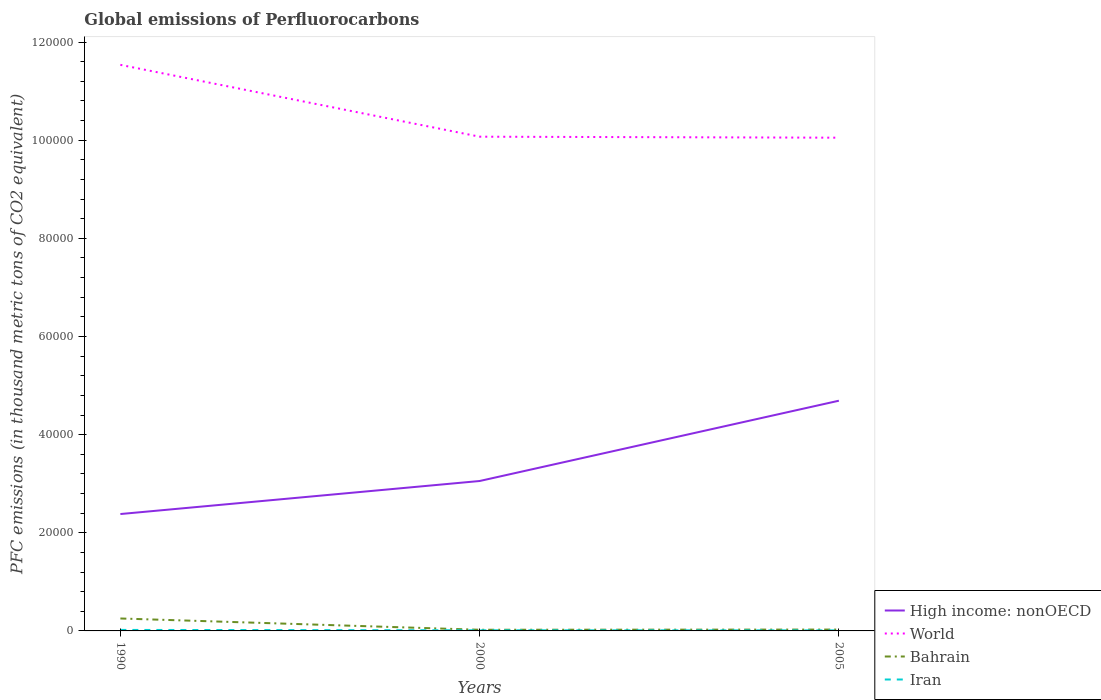
| Years | High income: nonOECD | World | Bahrain | Iran |
 | --- | --- | --- | --- | --- |
 | 1990 | 2.38e+04 | 1.15e+05 | 2.54e+03 | 204 |
 | 2000 | 3.06e+04 | 1.01e+05 | 236 | 128 |
 | 2005 | 4.69e+04 | 1.01e+05 | 279 | 108 |